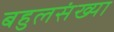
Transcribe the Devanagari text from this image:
बहुलसंख्या